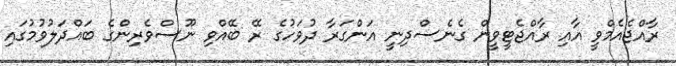
ރާއްޖެއެމްވީ އާއި ރާއްޖެޓީވީން ގެނެސްދިނީ އަންގަރާ ދުވަހުގެ ރޭ ބޭއްވި ނޫސްވެރިންގެ ބައްދަލުވުމުގައި